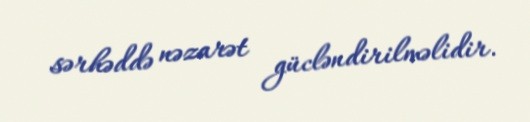
sərhəddə nəzarət gücləndirilməlidir.